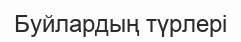
Буйлардың түрлері